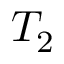
T _ { 2 }